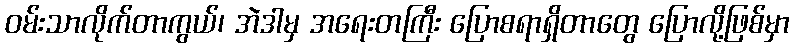
ဝမ်းသာလိုက်တာကွယ်၊ အဲဒါမှ အရေးတကြီး ပြောစရာရှိတာတွေ ပြောလို့ဖြစ်မှာ